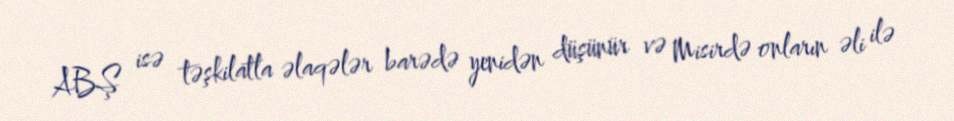
ABŞ isə təşkilatla əlaqələr barədə yenidən düşünür və Misirdə onların əli ilə